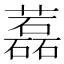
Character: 藞